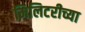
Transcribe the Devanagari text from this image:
मिलिटरीच्या